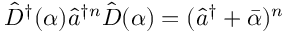
\hat { D } ^ { \dag } ( \alpha ) \hat { a } ^ { \dag n } \hat { D } ( \alpha ) = ( \hat { a } ^ { \dag } + \bar { \alpha } ) ^ { n }